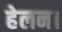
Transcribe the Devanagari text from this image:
हेलन।